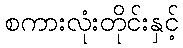
စကားလုံးတိုင်းနှင့်